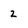
Character: 2